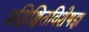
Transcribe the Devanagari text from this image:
प्रशिक्षितविशेषज्ञ